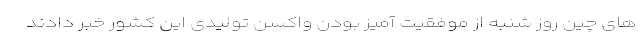
های چین روز شنبه از موفقیت آمیز بودن واکسن تولیدی این کشور خبر دادند